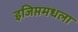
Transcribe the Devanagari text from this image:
इजिप्तमधला